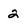
Character: 2